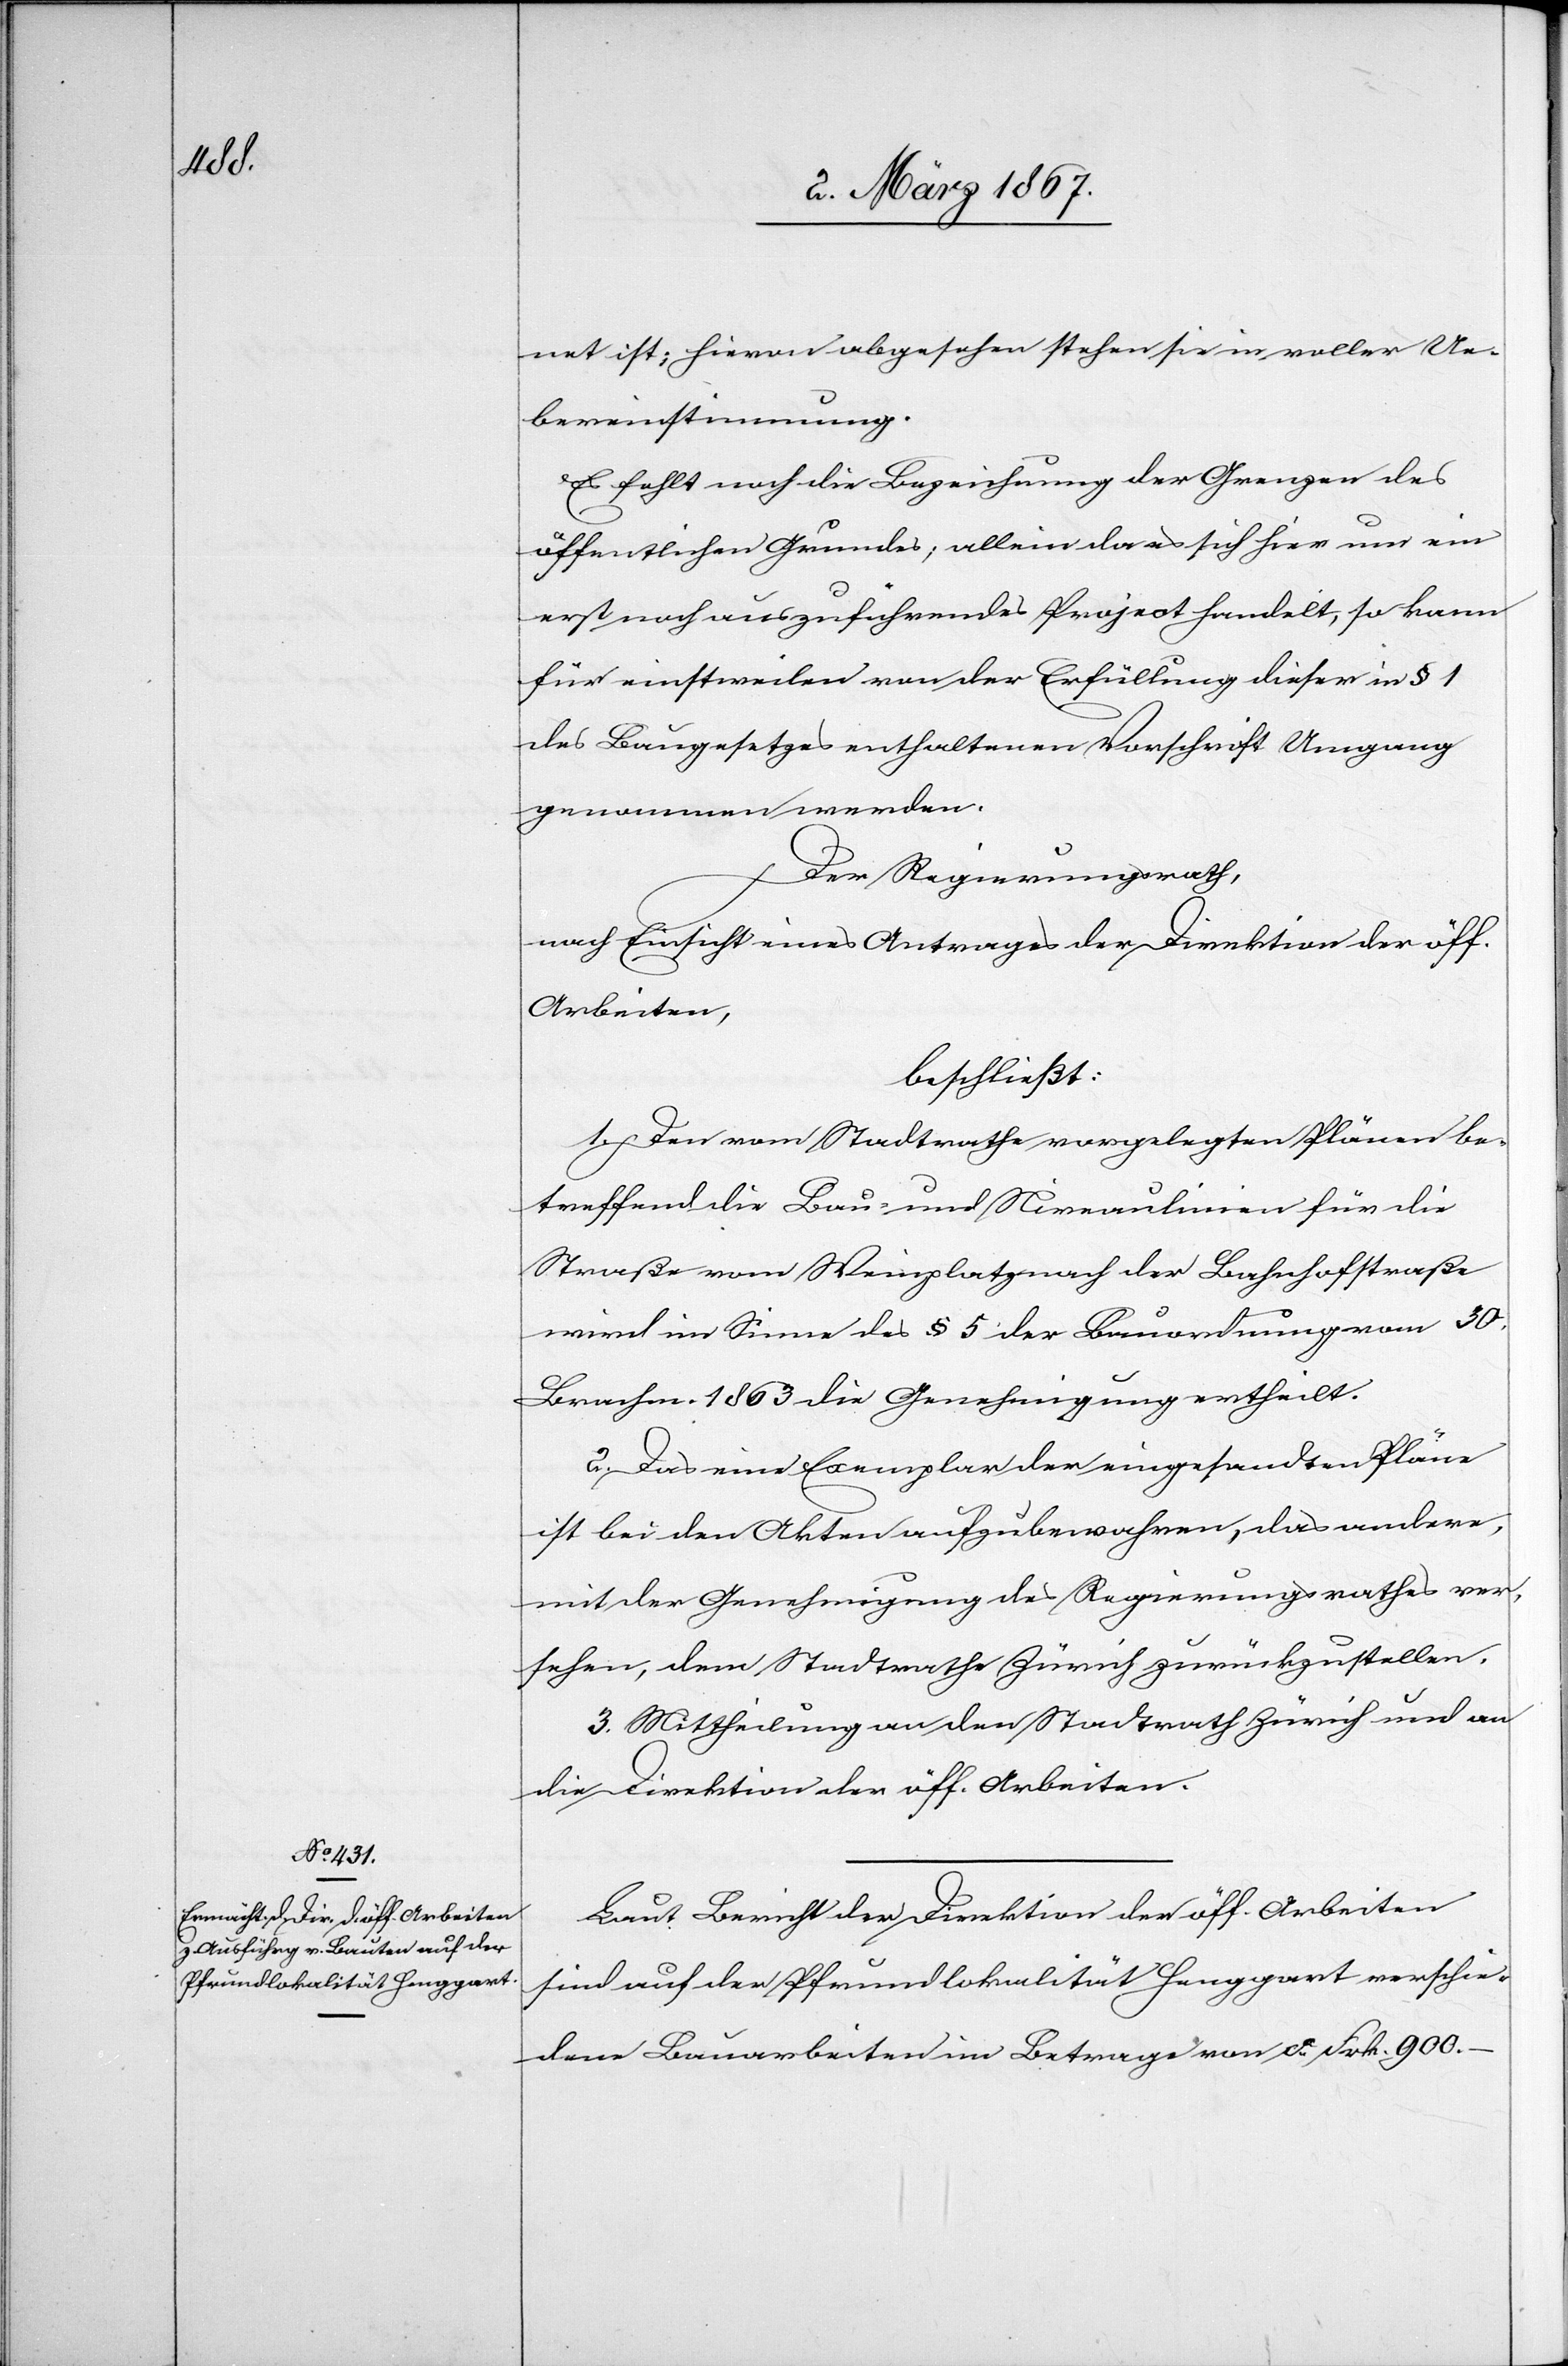
net ist; hievon abgesehen stehen sie in voller Ue¬
bereinstimmung.
Es fehlt noch die Bezeichnung der Grenzen des
öffentlichen Grundes; allein da es sich hier um ein
erst noch auszuführendes Project handelt, so kann
für einstweilen von der Erfüllung dieser in § 1
des Baugesetzes enthaltenen Vorschrift Umgang
genommen werden.
Der Regierungsrath,
nach Einsicht eines Antrages der Direktion der öff.
Arbeiten,
beschließt:
1. Den vom Stadtrathe vorgelegten Plänen be¬
treffend die Bau- und Niveaulinien für die
Straße vom Weinplatz nach der Bahnhofstraße
wird im Sinne des § 5 der Bauordnung vom 30.
Brachm. 1863 Genehmigung ertheilt.
2. Das eine Exemplar der eingesandten Pläne
ist bei den Akten aufzubewahren, das andere,
mit der Genehmigung des Regierungsrathes ver¬
sehen, dem Stadtrathe Zürich zurückzustellen.
3. Mittheilung an den Stadtrath Zürich und an
die Direktion der öff. Arbeiten.
Laut Bericht der Direktion der öff. Arbeiten
sind auf der Pfrundlokalität Henggart verschie¬
dene Bauarbeiten im Betrage von ca. Frk. 900.–